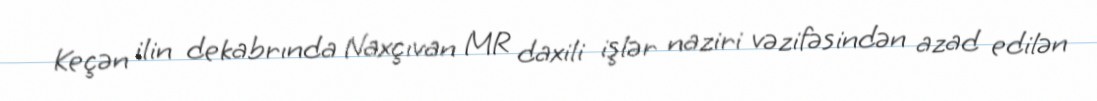
Keçən ilin dekabrında Naxçıvan MR daxili işlər naziri vəzifəsindən azad edilən